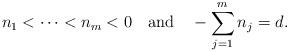
LaTeX: \begin{align*}n_1<\cdots<n_m<0\hbox{~~ and~~ }-\sum_{j=1}^mn_j=d.\end{align*}